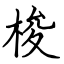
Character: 梭